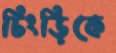
চিংড়িকে